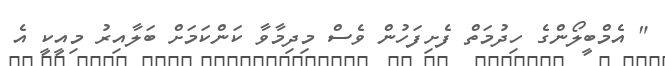
" އެމްބީލޯންގެ ހިދުމަތް ފެށިފަހުން ވެސް މިދިމާވާ ކަންކަމަށް ބަލާއިރު މިއީކީ އެ